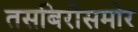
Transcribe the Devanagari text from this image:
तसबिरीसमोर